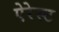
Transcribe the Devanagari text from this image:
ऐरेस्ट